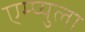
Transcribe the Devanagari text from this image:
एम्प्युला